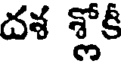
దశ శ్లోకీ